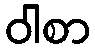
ဝါစာ